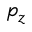
p _ { z }